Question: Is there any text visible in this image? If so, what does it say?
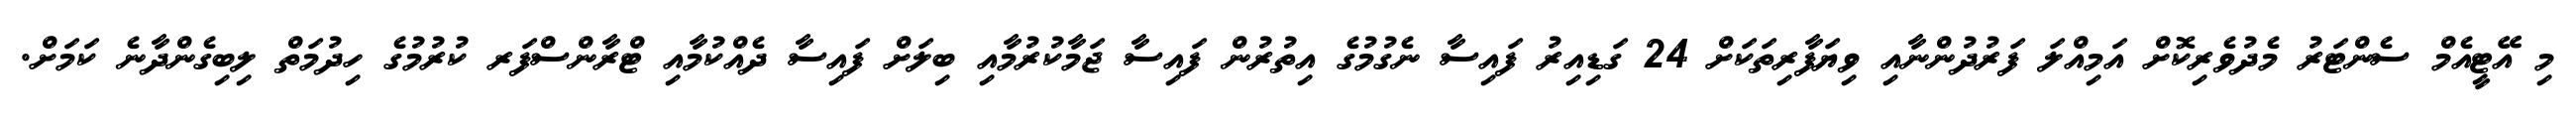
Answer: މި އޭޓީއެމް ސެންޓަރު މެދުވެރިކޮށް އަމިއްލަ ފަރުދުންނާއި ވިޔަފާރިތަކަށް 24 ގަޑިއިރު ފައިސާ ނެގުމުގެ އިތުރުން ފައިސާ ޖަމާކުރުމާއި ބިލަށް ފައިސާ ދެއްކުމާއި ޓްރާންސްފަރ ކުރުމުގެ ހިދުމަތް ލިބިގެންދާނެ ކަމަށް.